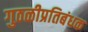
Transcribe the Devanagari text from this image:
गुठळीप्रतिबंधक